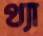
থ্যা